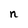
Character: n